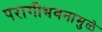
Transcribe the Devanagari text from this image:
परागीभवनामुळे